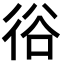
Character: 𢓾